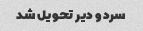
سرد و دیر تحویل شد